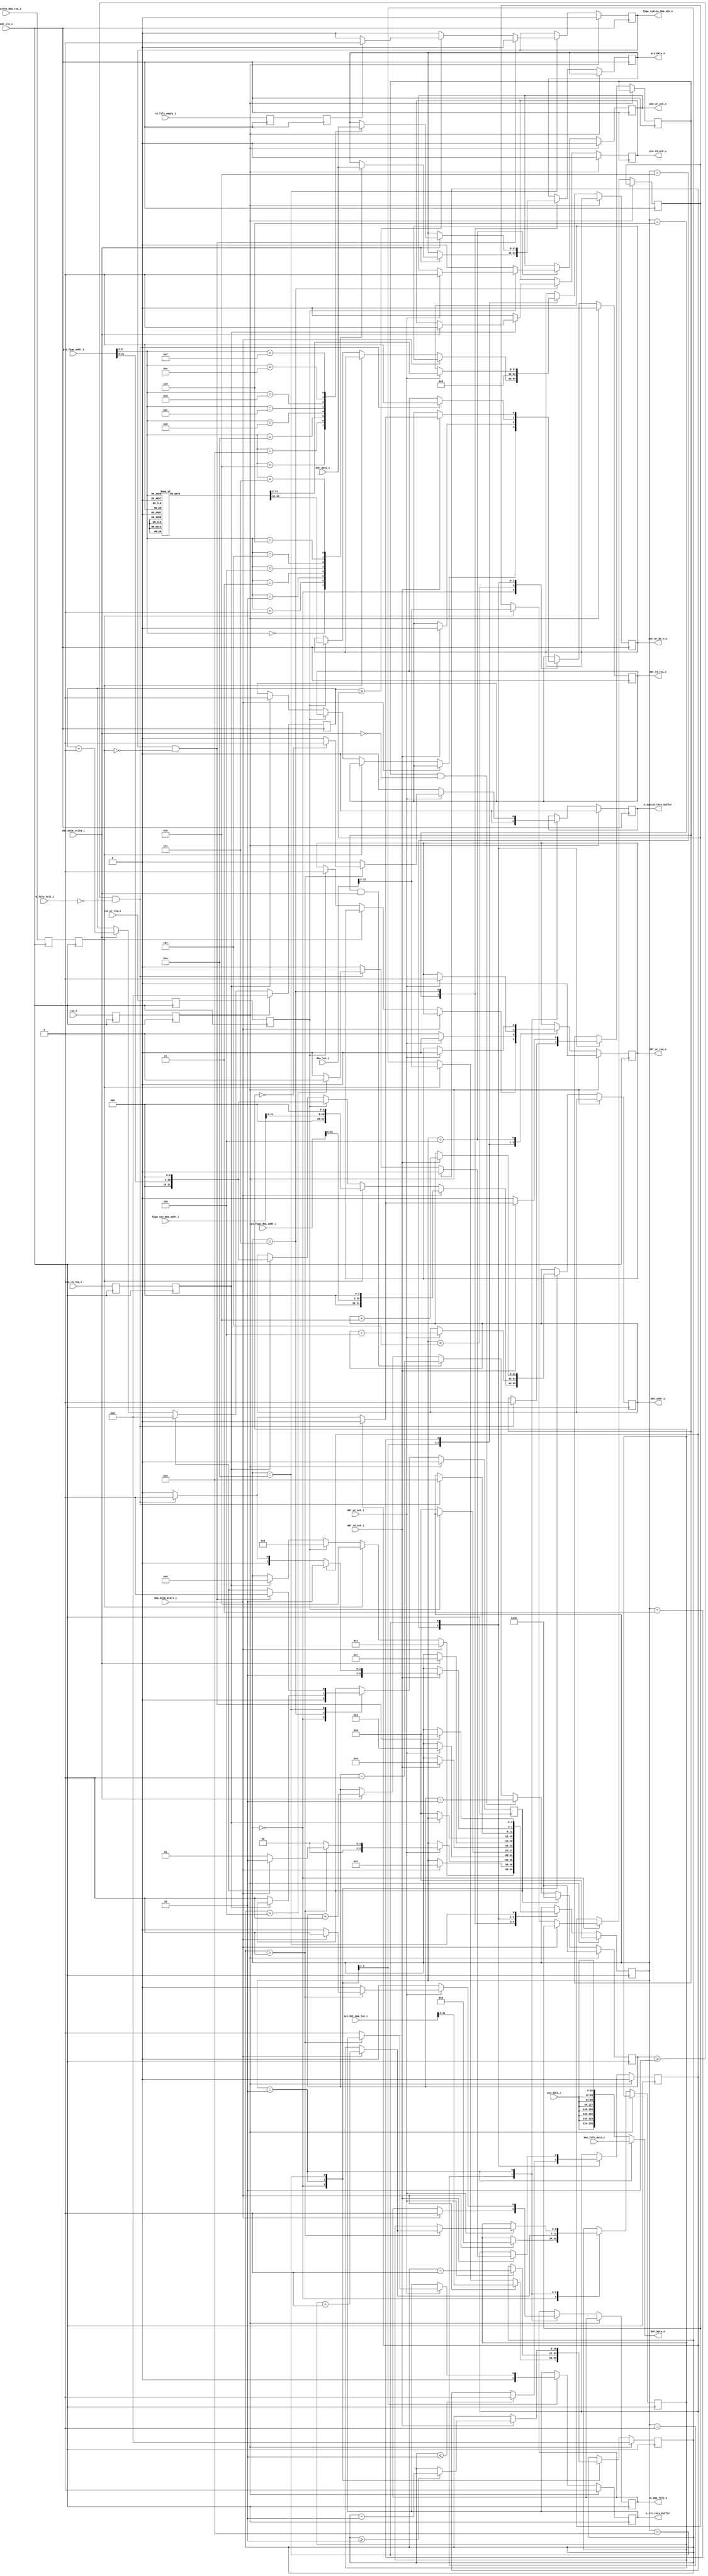
//--------------------------------------------------------------------------------
// Project    : SWITCH
// Version    : 0.1
//
// Description: The DDR DMA and PIO controller
//
//--------------------------------------------------------------------------------

module mem_ctrl(
   input                 ddr_clk_i,            //200Mhz DDR clock
   input                 rst_i,                //Active high reset
   //Register file
   input      [31:0]     pio_fpga_addr_i,      //DDR PIO address
   input                 pio_rd_req_i,         //PIO read request
   output reg            pio_rd_ack_o,         //PIO read ack
   input                 pio_wr_req_i,         //PIO write request
   output reg            pio_wr_ack_o,         //PIO write ack
   input      [31:0]     pio_data_i,           //PIO write data
   output reg [31:0]     pio_data_o,           //PIO read data
   input                 fpga_system_dma_req_i,//FPGA to system DMA request
   output reg            fpga_system_dma_ack_o,//FPGA to system DMA ack
   input      [31:0]     sys_fpga_dma_addr_i,  //PC to FPGA DMA FPGA address
   input      [31:0]     fpga_sys_dma_addr_i,  //FPGA to PC DMA FPGA address
   input      [31:0]     dma_len_i,            //DMA length
   input      [31:0]     sys_ddr_dma_len_i,    //DMA length
   //DMA Receive fifo (Wr_df fifo)
   input                 dma_data_avail_i,     //DMA data avail for sys mem read request
   input      [255:0]    dma_fifo_data_i,      //DMA data
   output reg            rd_dma_fifo_o,        //Read DMA receive fifo
	output reg            o_clr_recv_buffer,
	output reg            o_switch_recv_buffer,
   //DMA Transmit fifo (Rd_df fifo)
   input                 rd_fifo_empty_i,      //DMA transmit fifo empty
   input                 rd_fifo_full_i,       //DMA transmit fifo full
   //DDR
   output     [255:0]    ddr_data_o,           //DDR write data
   output reg [31:0]     ddr_wr_be_n_o,        //DDR byte enable
   input      [255:0]    ddr_data_i,           //DDR read data
   input                 ddr_data_valid_i,     //DDR read data valid
   output reg            ddr_wr_req_o,         //DDR write request
   input                 ddr_wr_ack_i,         //DDR write ack
   output reg            ddr_rd_req_o,         //DDR read request
   input                 ddr_rd_ack_i,         //DDR read ack
   output reg [31:0]     ddr_addr_o            //DDR read/write address
);

    // State Machine state declaration
   localparam IDLE       = 'd0,
              START      = 'd1,
              DDR_WR     = 'd2, 
              DDR_PW1    = 'd3,
              DDR_PW2    = 'd4,		  
              DDR_RD     = 'd5,
              RD_DAT1    = 'd6,
              RD_DAT2    = 'd7,
              CHLEN      = 'd8,
              RDDR       = 'd9,
              PACK       = 'd10;

    //Local register declarations
    
    reg [3:0]   state;
    reg         pio_rd_req_p;
    reg         pio_rd_req_p1;
    reg         pio_wr_req_p;
    reg         pio_wr_req_p1;
    reg [63:0]  ddr_be;
    reg [26:0]  rd_wr_len;
    reg [26:0]  data_len;
    reg [26:0]  rcv_data_cntr;
    reg [6:0]   buffer_space;
    reg         issue_rd;
    reg         last_read_flag;
    reg         system_dma_req;
    reg         system_dma_req_p;
    reg         rd_fifo_empty;
    reg         rd_fifo_empty_p;
    reg         clr_rcv_data_cntr;
    reg         reset_sync;
    reg         reset;
    reg  [6:0]  rd_data_cnt;
    
    
    assign ddr_data_o = (state == DDR_WR) ? dma_fifo_data_i : {pio_data_i,pio_data_i,pio_data_i,pio_data_i,pio_data_i,pio_data_i,pio_data_i,pio_data_i};

    //Clock synchronisers for PCIe clock (250Mhz) to DDR clock (200Mhz)
    always @(posedge ddr_clk_i)
    begin
        pio_rd_req_p    <=   pio_rd_req_i;
        pio_rd_req_p1   <=   pio_rd_req_p;
        pio_wr_req_p    <=   pio_wr_req_i;
        pio_wr_req_p1   <=   pio_wr_req_p;
        system_dma_req  <=   fpga_system_dma_req_i;
        system_dma_req_p<=   system_dma_req;
        rd_fifo_empty   <=   rd_fifo_empty_i;
        rd_fifo_empty_p <=   rd_fifo_empty;
        reset_sync      <=   rst_i;
        reset           <=   reset_sync;
    end


    //Generate the DDR write byte enable based on input address
    always @(*)
    begin
        case(pio_fpga_addr_i[5:2])
            'd0:begin
                ddr_be  <=  'h0FFFFFFFFFFFFFFF;
            end
            'd1:begin
                ddr_be  <=  'hF0FFFFFFFFFFFFFF;
            end
            'd2:begin
                ddr_be  <=  'hFF0FFFFFFFFFFFFF;
            end
            'd3:begin
                ddr_be  <=  'hFFF0FFFFFFFFFFFF;
            end
            'd4:begin
                ddr_be  <=  'hFFFF0FFFFFFFFFFF;
            end
            'd5:begin
                ddr_be  <=  'hFFFFF0FFFFFFFFFF;
            end
            'd6:begin
                ddr_be  <=  'hFFFFFF0FFFFFFFFF;
            end
            'd7:begin
                ddr_be  <=  'hFFFFFFF0FFFFFFFF;
            end
            'd8:begin
                ddr_be  <=  'hFFFFFFFF0FFFFFFF;
            end
            'd9:begin
                ddr_be  <=  'hFFFFFFFFF0FFFFFF;
            end
            'd10:begin
                ddr_be  <=  'hFFFFFFFFFF0FFFFF;
            end
            'd11:begin
                ddr_be  <=  'hFFFFFFFFFFF0FFFF;
            end
            'd12:begin
                ddr_be  <=  'hFFFFFFFFFFFF0FFF;
            end
            'd13:begin
                ddr_be  <=  'hFFFFFFFFFFFFF0FF;
            end
            'd14:begin
                ddr_be  <=  'hFFFFFFFFFFFFFF0F;
            end
            'd15:begin
                ddr_be  <=  'hFFFFFFFFFFFFFFF0;
            end
        endcase
    end

    //Memory controller state machine
    always @(posedge ddr_clk_i)
    begin
        if(reset)
        begin
            ddr_wr_req_o          <= 1'b0;
            ddr_rd_req_o          <= 1'b0;
            pio_rd_ack_o          <= 1'b0;
            pio_wr_ack_o          <= 1'b0;
            state                 <= IDLE;
            fpga_system_dma_ack_o <= 1'b0;
            clr_rcv_data_cntr     <= 1'b0;
            rd_wr_len             <=  0;
            last_read_flag        <= 1'b0;
            o_clr_recv_buffer     <= 1'b1;
            o_switch_recv_buffer  <= 1'b0;
        end
        else
        begin
            case(state)
                IDLE:begin
                    clr_rcv_data_cntr  <= 1'b0;
                    o_clr_recv_buffer  <= 1'b0;
                    if(dma_data_avail_i)       
                    begin
                        ddr_addr_o    <= {3'h0,sys_fpga_dma_addr_i[31:6],3'h0};
                        rd_wr_len     <= sys_ddr_dma_len_i[31:5];
                        state         <= START;
                        rd_data_cnt   <= 0;
                    end
                    else if(system_dma_req_p)
                    begin
                        ddr_addr_o   <= {3'h0,fpga_sys_dma_addr_i[31:6],3'h0};
                        state        <= CHLEN;
                        data_len     <= dma_len_i[31:5];
                        rd_wr_len    <= dma_len_i[31:5];
                    end
                    else if(pio_wr_req_p1)
                    begin
                        ddr_wr_req_o  <= 1'b1;
                        ddr_wr_be_n_o <= ddr_be[63:32];
                        ddr_addr_o    <= {3'h0,pio_fpga_addr_i[31:6],3'h0};
                        state         <= DDR_PW1;
                    end
                    else if(pio_rd_req_p1)
                    begin
                        ddr_addr_o    <= {3'h0,pio_fpga_addr_i[31:6],3'h0};
                        state     <= DDR_RD;
                        ddr_rd_req_o  <= 1'b1;
                    end
                end
                START:begin
                    o_switch_recv_buffer  <=   1'b0;
                    if(dma_data_avail_i)
                    begin
                        rd_dma_fifo_o <= 1'b1;
                        state         <= DDR_WR;
                        rd_data_cnt   <= rd_data_cnt + 1'b1;
                    end
                end
                DDR_WR:begin
                    ddr_wr_req_o  <= 1'b1;
                    rd_dma_fifo_o <= 1'b0;
                    ddr_wr_be_n_o <= 32'h00000000;
                    o_switch_recv_buffer  <=   1'b0;
                    if(ddr_wr_ack_i)
                    begin
                        ddr_wr_req_o  <= 1'b0;
                        ddr_addr_o    <= ddr_addr_o + 3'd4;
                        rd_wr_len     <= rd_wr_len - 1'b1;
                        if(rd_wr_len > 1)
                        begin
                            if(dma_data_avail_i)
                            begin
                                rd_dma_fifo_o <= 1'b1;
                                state         <= DDR_WR;
                                rd_data_cnt   <= rd_data_cnt + 1'b1;
                            end
                            else 
                                state    <=    START;
                            if(rd_data_cnt == 0)
                                o_switch_recv_buffer  <=   1'b1;
                        end
                        else
                        begin
                            state    <=    IDLE;
                            o_clr_recv_buffer  <=  1'b1;
                        end 
                    end
                end
                DDR_PW1:begin
                    if(ddr_wr_ack_i)
                    begin
                        ddr_wr_req_o  <= 1'b1;
                        ddr_wr_be_n_o <= ddr_be[31:0];;
                        state     <= DDR_PW2;
                    end
                end	
                DDR_PW2:begin
                    if(ddr_wr_ack_i)
                    begin
                        ddr_wr_req_o  <= 1'b0;
                        pio_wr_ack_o <= 1'b1;
                    end
    			        if(~pio_wr_req_p1)
    			        begin
    			            state    <=   IDLE;
    				         pio_wr_ack_o <= 1'b0;
    			        end	
    			    end	
                DDR_RD:begin
                    if(ddr_rd_ack_i)
                    begin
                        ddr_rd_req_o <= 1'b0; 
                        state    <= RD_DAT1;
                    end
                end
    		    	 RD_DAT1:begin
					     if(ddr_data_valid_i)
    			        begin
					         case(pio_fpga_addr_i[5:2])
                            'd0:begin
                                pio_data_o  <=  ddr_data_i[255:224];
                            end
                            'd1:begin
                                pio_data_o  <=  ddr_data_i[223:192];
                            end
                            'd2:begin
                                pio_data_o  <=  ddr_data_i[191:160];
                            end
                            'd3:begin
                                pio_data_o  <=  ddr_data_i[159:128];
                            end
                            'd4:begin
                                pio_data_o  <=  ddr_data_i[127:96];
                            end
                            'd5:begin
                                pio_data_o  <=  ddr_data_i[95:64];
                            end
                            'd6:begin
                                pio_data_o  <=  ddr_data_i[63:32];
                            end
                            'd7:begin
                                pio_data_o  <=  ddr_data_i[31:0];
					             end
					         endcase
   			            state             <=    RD_DAT2;								    
    			        end	
    			    end
                RD_DAT2:begin
    			        if(ddr_data_valid_i)
    				     begin
                        pio_rd_ack_o    <=    1'b1;
								case(pio_fpga_addr_i[5:2])
	                         'd8:begin
                                pio_data_o  <=  ddr_data_i[255:224];
                            end
                            'd9:begin
                                pio_data_o  <=  ddr_data_i[223:192];
                            end
                            'd10:begin
                                pio_data_o  <=  ddr_data_i[191:160];
                            end
                            'd11:begin
                                pio_data_o  <=  ddr_data_i[159:128];
                            end
                            'd12:begin
                                pio_data_o  <=  ddr_data_i[127:96];
                            end
                            'd13:begin
                                pio_data_o  <=  ddr_data_i[95:64];
                            end
                            'd14:begin
                                pio_data_o  <=  ddr_data_i[63:32];
                            end
                            'd15:begin
                                pio_data_o  <=  ddr_data_i[31:0];
                            end							
								endcase
                    end
    				    if(~pio_rd_req_p1)
    				    begin
    				       state   <=   IDLE;
    				       pio_rd_ack_o  <=   1'b0;
                      clr_rcv_data_cntr <= 1'b1;
    				    end
    			    end	
                CHLEN:begin
    			        if(rd_wr_len <= 2)
    		           begin
    				         last_read_flag <= 1'b1;
    				     end
                    if(buffer_space >= 2 & ~rd_fifo_full_i)
                    begin
    				         state  <= RDDR;
                        issue_rd <= 1'b1;
								ddr_rd_req_o  <= 1'b1;
                    end
                end
    			    RDDR:begin    			        
                    issue_rd  <= 1'b0;
    				     if(ddr_rd_ack_i)
    				     begin
    				         ddr_rd_req_o  <= 1'b0;
                        ddr_addr_o    <= ddr_addr_o + 4'd8;
    				         if(last_read_flag)
    					      begin
    					         state       <= PACK;
                           last_read_flag <= 1'b0;
    					      end		
    					      else if(buffer_space >= 2 & ~rd_fifo_full_i)	
                        begin
								    issue_rd <= 1'b1;
									 ddr_rd_req_o  <= 1'b1;
									 state  <= RDDR;		
                            if(rd_wr_len == 4)
    		                   begin
    				                 last_read_flag <= 1'b1;
									 end	  
    				         end	 								
                        else								
    					          state     <= CHLEN;
									 									 
    					      if(rd_wr_len >= 2)
    					          rd_wr_len <= rd_wr_len - 2'd2;
    				     end
    			    end
                PACK:begin
                    fpga_system_dma_ack_o <= 1'b0;
                    if(rcv_data_cntr >= data_len)
                    begin
                        if(rd_fifo_empty_p)
                            fpga_system_dma_ack_o   <=   1'b1;
                    end
                    if(fpga_system_dma_ack_o & ~system_dma_req_p)
                    begin
                         fpga_system_dma_ack_o  <=    1'b0;
                         state             <=    IDLE;
                         clr_rcv_data_cntr <=    1'b1;
                    end
                end
            endcase
        end
    end

    //Since the DDR IP receives back to back read requests and acks, there should be some way to prevent the receive
    //fifos from over flowing. This block prevents queing more than 8 read requests. For better performance increase
    //the initial buffer space, then the config buffer depth should be also increased
    always @(posedge ddr_clk_i)
    begin
        if(reset)
        begin
            buffer_space    <=  'd64;  
        end
        else
        begin
            if(clr_rcv_data_cntr)
                buffer_space    <=  'd64;
            else if(issue_rd & ~ddr_data_valid_i)
                buffer_space <= buffer_space - 2'd2;
            else if(issue_rd & ddr_data_valid_i)
                buffer_space <= buffer_space - 1'd1;
            else if(ddr_data_valid_i)
                buffer_space <= buffer_space + 1'd1;
        end
    end

    //Counts the number of bytes received
    always @(posedge ddr_clk_i)
    begin
        if(reset)
            rcv_data_cntr    <=    0;
        else
        begin
            if(clr_rcv_data_cntr)
                rcv_data_cntr    <=    'd0;
            else if(ddr_data_valid_i)
                rcv_data_cntr    <=    rcv_data_cntr + 1'd1;
        end
    end

endmodule